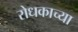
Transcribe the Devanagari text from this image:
रोधकाच्या